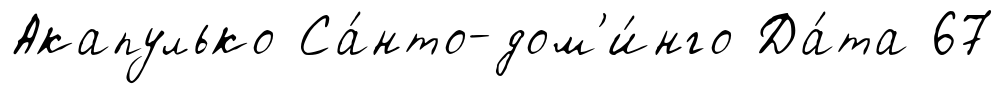
Акапулько Са́нто-дом'и́нго Да́та 67